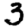
Digit: 3